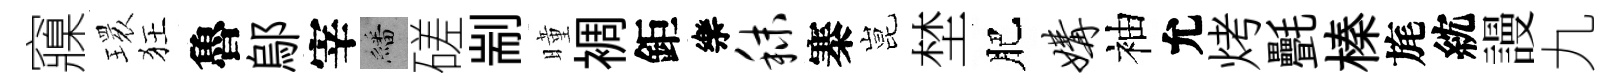
䆿𤨔狂魯鄔宰繙磋剬曈裯鉅樂秣寨昆埜肥媾袖允烤㲲榛旄紞謾九